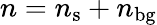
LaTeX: n=n_{\mathrm{s}}+n_{\mathrm{bg}}